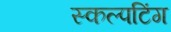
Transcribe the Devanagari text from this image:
स्कल्पटिंग